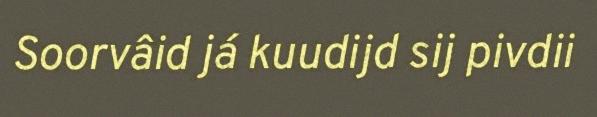
Soorvâid já kuudijd sij pivdii